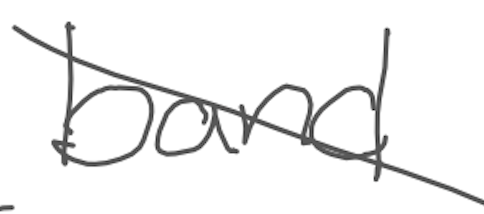
Text: band
Cross-out: diagonal
Writing tool: digital_gray